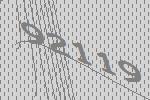
92119